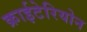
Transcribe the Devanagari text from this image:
क्राईटेरियोन